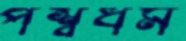
পশ্বধম